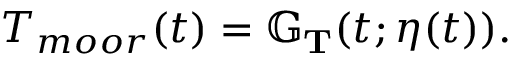
\begin{array} { r } { T _ { m o o r } ( t ) = \mathbb G _ { \mathbf { T } } ( t ; \eta ( t ) ) . } \end{array}